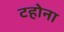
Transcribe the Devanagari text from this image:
टहोना